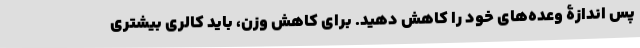
پس اندازۀ وعده‌های خود را کاهش دهید. برای کاهش وزن، باید کالری بیشتری